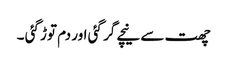
چھت سے نیچے گر گئی اور دم توڑ گئی ۔